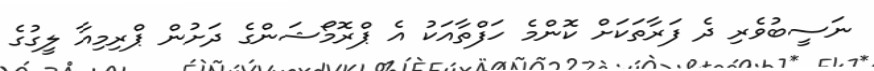
ނަސީބުވެރި ދެ ފަރާތަކަށް ކޮންމެ ހަފްތާއަކު އެ ޕްރޮމޯޝަންގެ ދަށުން ޕްރިމިއާ ލީގުގެ